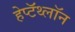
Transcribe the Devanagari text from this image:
हेप्टॅथ्‍लॉन